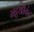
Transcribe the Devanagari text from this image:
भट्टश्रीकंठ